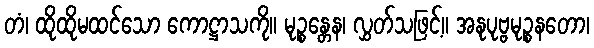
တံ၊ ထိုထိုမထင်သော ကောဋ္ဌာသကို။ မုဉ္စန္တေန၊ လွှတ်သဖြင့်။ အနုပုဗ္ဗမုဉ္စနတော၊